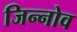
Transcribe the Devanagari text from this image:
जिन्नोव